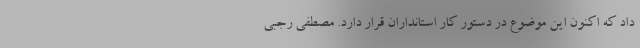
داد که اکنون این موضوع در دستور کار استانداران قرار دارد. مصطفی رجبی